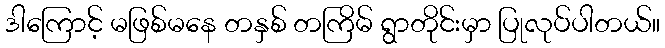
ဒါကြောင့် မဖြစ်မနေ တနှစ် တကြိမ် ရွာတိုင်းမှာ ပြုလုပ်ပါတယ်။